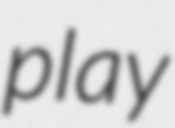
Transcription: play